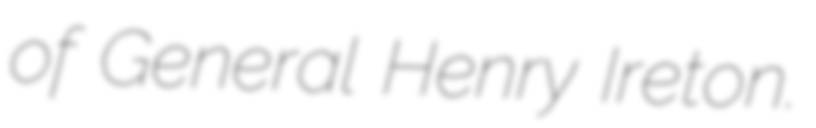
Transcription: of General Henry Ireton.